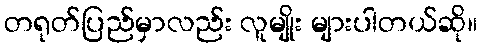
တရုတ်ပြည်မှာလည်း လူမျိုး များပါတယ်ဆို။